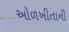
ઓળખીતાની